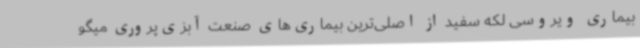
بیماری ویروسی لکه سفید از اصلی‌ترین بیماری‌های صنعت آبزی‌پروری میگو